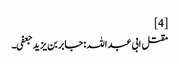
[4]
مقتل ابی عبد اللہ :جابر بن یزید جعفی۔